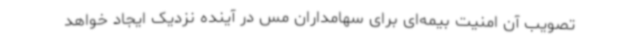
تصویب آن امنیت بیمه‌ای برای سهامداران مس در آینده نزدیک ایجاد خواهد